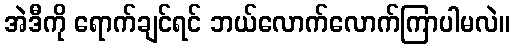
အဲဒီကို ရောက်ချင်ရင် ဘယ်လောက်လောက်ကြာပါမလဲ။